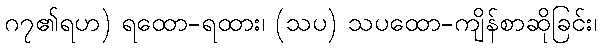
ဂ၇၏ရဟ) ရထော-ရထား၊ (သပ) သပထော-ကျိန်စာဆိုခြင်း၊